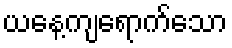
ယနေ့ကျရောက်သော